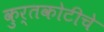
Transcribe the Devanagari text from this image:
कुर्तकोटीचे